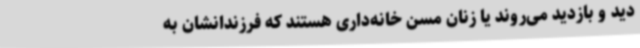
دید و بازدید می‌روند یا زنان مسن خانه‌داری هستند که فرزندانشان به